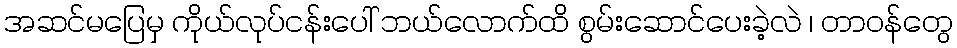
အဆင်မပြေမှ ကိုယ်လုပ်ငန်းပေါ် ဘယ်လောက်ထိ စွမ်းဆောင်ပေးခဲ့လဲ ၊ တာဝန်တွေ